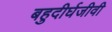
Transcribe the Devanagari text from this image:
बहुदीर्घजीवी